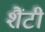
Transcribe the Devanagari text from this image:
शैंटी